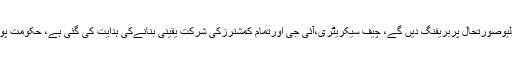
اُن کا کہنا تھا عالمی ادارہ صحت وزیراعلیٰ کےپی کوپولیوصورتحال پربریفنگ دیں گے، چیف سیکریٹری،آئی جی اورتمام کمشنرزکی شرکت یقینی بنانےکی ہدایت کی گئی ہے، حکومت پولیو وائرس کے خاتمے تک سکون سے نہیں بیٹھے گی۔